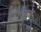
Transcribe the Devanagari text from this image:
रेषाची